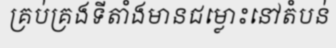
គ្រប់គ្រងទីតាំងមានជម្លោះនៅតំបន់